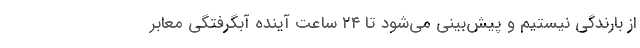
از بارندگی نیستیم و پیش‌بینی می‌شود تا ۲۴ ساعت آینده آبگرفتگی معابر